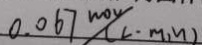
0 . 0 6 7 m o v / ( L \cdot m _ { 1 } n )